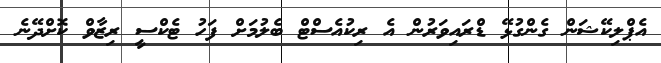
އެޕްލިކޭޝަން ގެންގުޅޭ ޑްރައިވަރުން އެ ރިކުއެސްޓް ބެލުމަށް ފަހު ޓެކްސީ ރިޒާވް ކޮށްދޭނެ